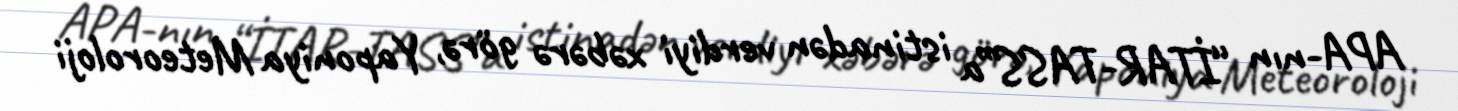
APA-nın “İTAR-TASS”a istinadən verdiyi xəbərə görə, Yaponiya Meteoroloji